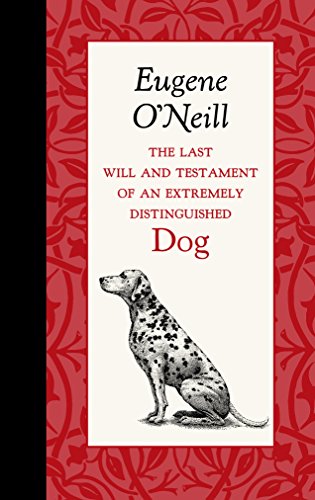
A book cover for The Last Will and Testament of an Extremely Distinguished Dog (American Roots); Eugene O'Neill; Science & Math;